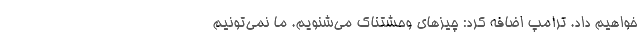
خواهیم داد. ترامپ اضافه کرد: چیزهای وحشتناک می‌شنویم. ما نمی‌تونیم